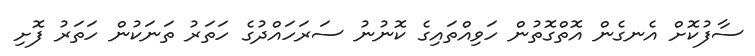
ސާފުކޮށް އެނގެން އޮތްގޮތުން ހަވިއްތައިގެ ކޮނުނު ސަރަހައްދުގެ ހަތަރު ތަނަކުން ހަތަރު ފޮށި